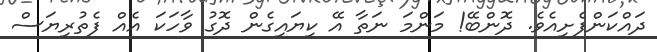
ދައްކަންފެށިއެވެ. ދޮންބޭ! މަންމަ ނަތާ އޭ ކިޔައިގެން ދޮގު ވާހަކަ އެއް ފެތުރިޔަސް